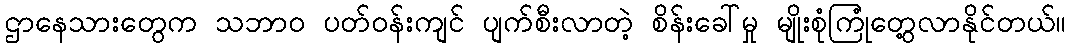
ဌာနေသားတွေက သဘာဝ ပတ်ဝန်းကျင် ပျက်စီးလာတဲ့ စိန်းခေါ်မှု မျိုးစုံကြုံတွေ့လာနိုင်တယ်။